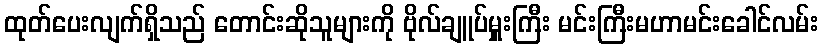
ထုတ်ပေးလျက်ရှိသည် တောင်းဆိုသူများကို ဗိုလ်ချူပ်မှူးကြီး မင်းကြီးမဟာမင်းခေါင်လမ်း